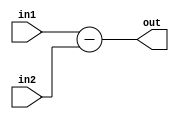
module SUB (out, in1, in2);
  input [15:0] in1, in2;
  output reg [15:0] out;
  
  always @(*)
    out = in1 - in2;
endmodule